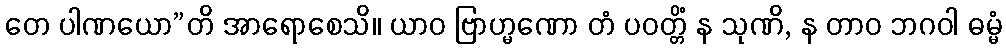
တေ ပါဏယော”တိ အာရောစေသိ။ ယာဝ ဗြာဟ္မဏော တံ ပဝတ္တိံ န သုဏိ, န တာဝ ဘဂဝါ ဓမ္မံ